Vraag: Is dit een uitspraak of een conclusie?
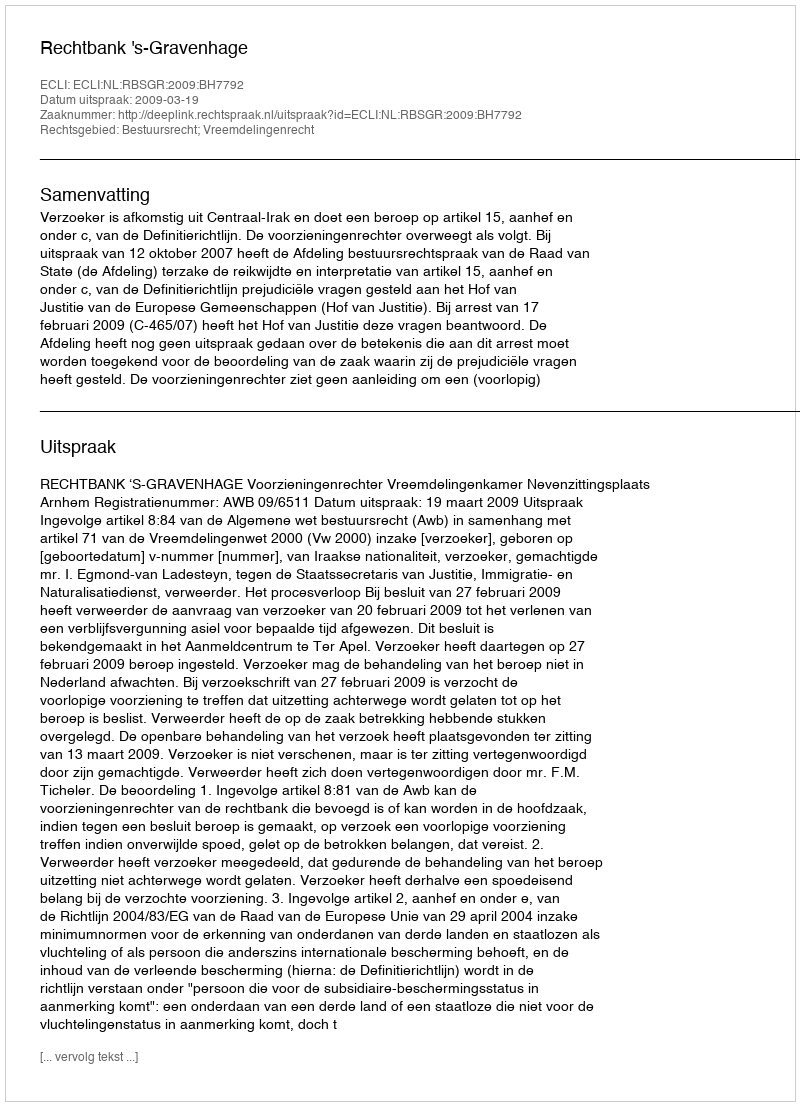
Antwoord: Uitspraak